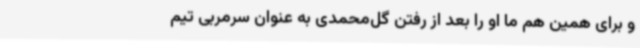
و برای همین هم ما او را بعد از رفتن گل‌محمدی به عنوان سرمربی تیم